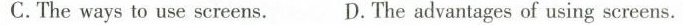
C.The ways to use screens.D.The advantages of using screens.